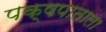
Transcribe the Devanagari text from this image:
पक्षपाताला